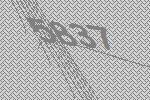
5837